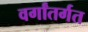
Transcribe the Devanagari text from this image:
वर्गांतर्गत